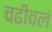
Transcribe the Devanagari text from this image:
चढीवलं